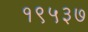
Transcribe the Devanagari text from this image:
१९५३७